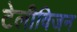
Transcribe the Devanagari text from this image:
टेलीविजन